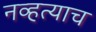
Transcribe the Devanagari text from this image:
नव्हत्याच